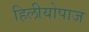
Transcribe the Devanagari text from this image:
हिलीयोपाज